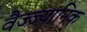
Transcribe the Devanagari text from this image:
वैज्ज्यानिक